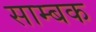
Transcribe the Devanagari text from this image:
साम्बक